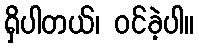
ရှိပါတယ်၊ ဝင်ခဲ့ပါ။